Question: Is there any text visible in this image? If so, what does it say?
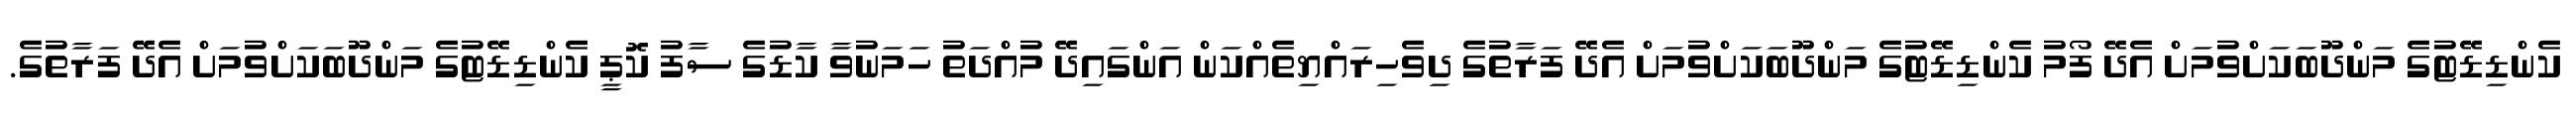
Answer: ކެންޑިޑޭޓުގެ މަންދޫބަކަށްވުމަށް އެދޭ ފޯމު ކެންޑިޑޭޓުގެ މަންދޫބަކަށްވުމަށް އެދޭ ފަރާތުގެ ދިވެހިރައްޔިތެއްކަން އަންގައިދޭ މުއްދަތު ހަމަނުވާ ކާޑުގެ ސާފު ކޮޕީ ކެންޑިޑޭޓުގެ މަންދޫބަކަށްވުމަށް އެދޭ ފަރާތުގެ.